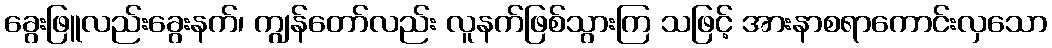
ခွေးဖြူလည်းခွေးနက်၊ ကျွန်တော်လည်း လူနက်ဖြစ်သွားကြ သဖြင့် အားနာစရာကောင်းလှသော